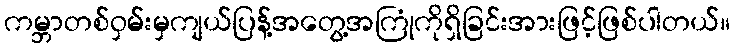
ကမ္ဘာတစ်ဝှမ်းမှကျယ်ပြန့်အတွေ့အကြုံကိုရှိခြင်းအားဖြင့်ဖြစ်ပါတယ်။